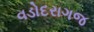
વડોદરાગજ